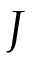
J